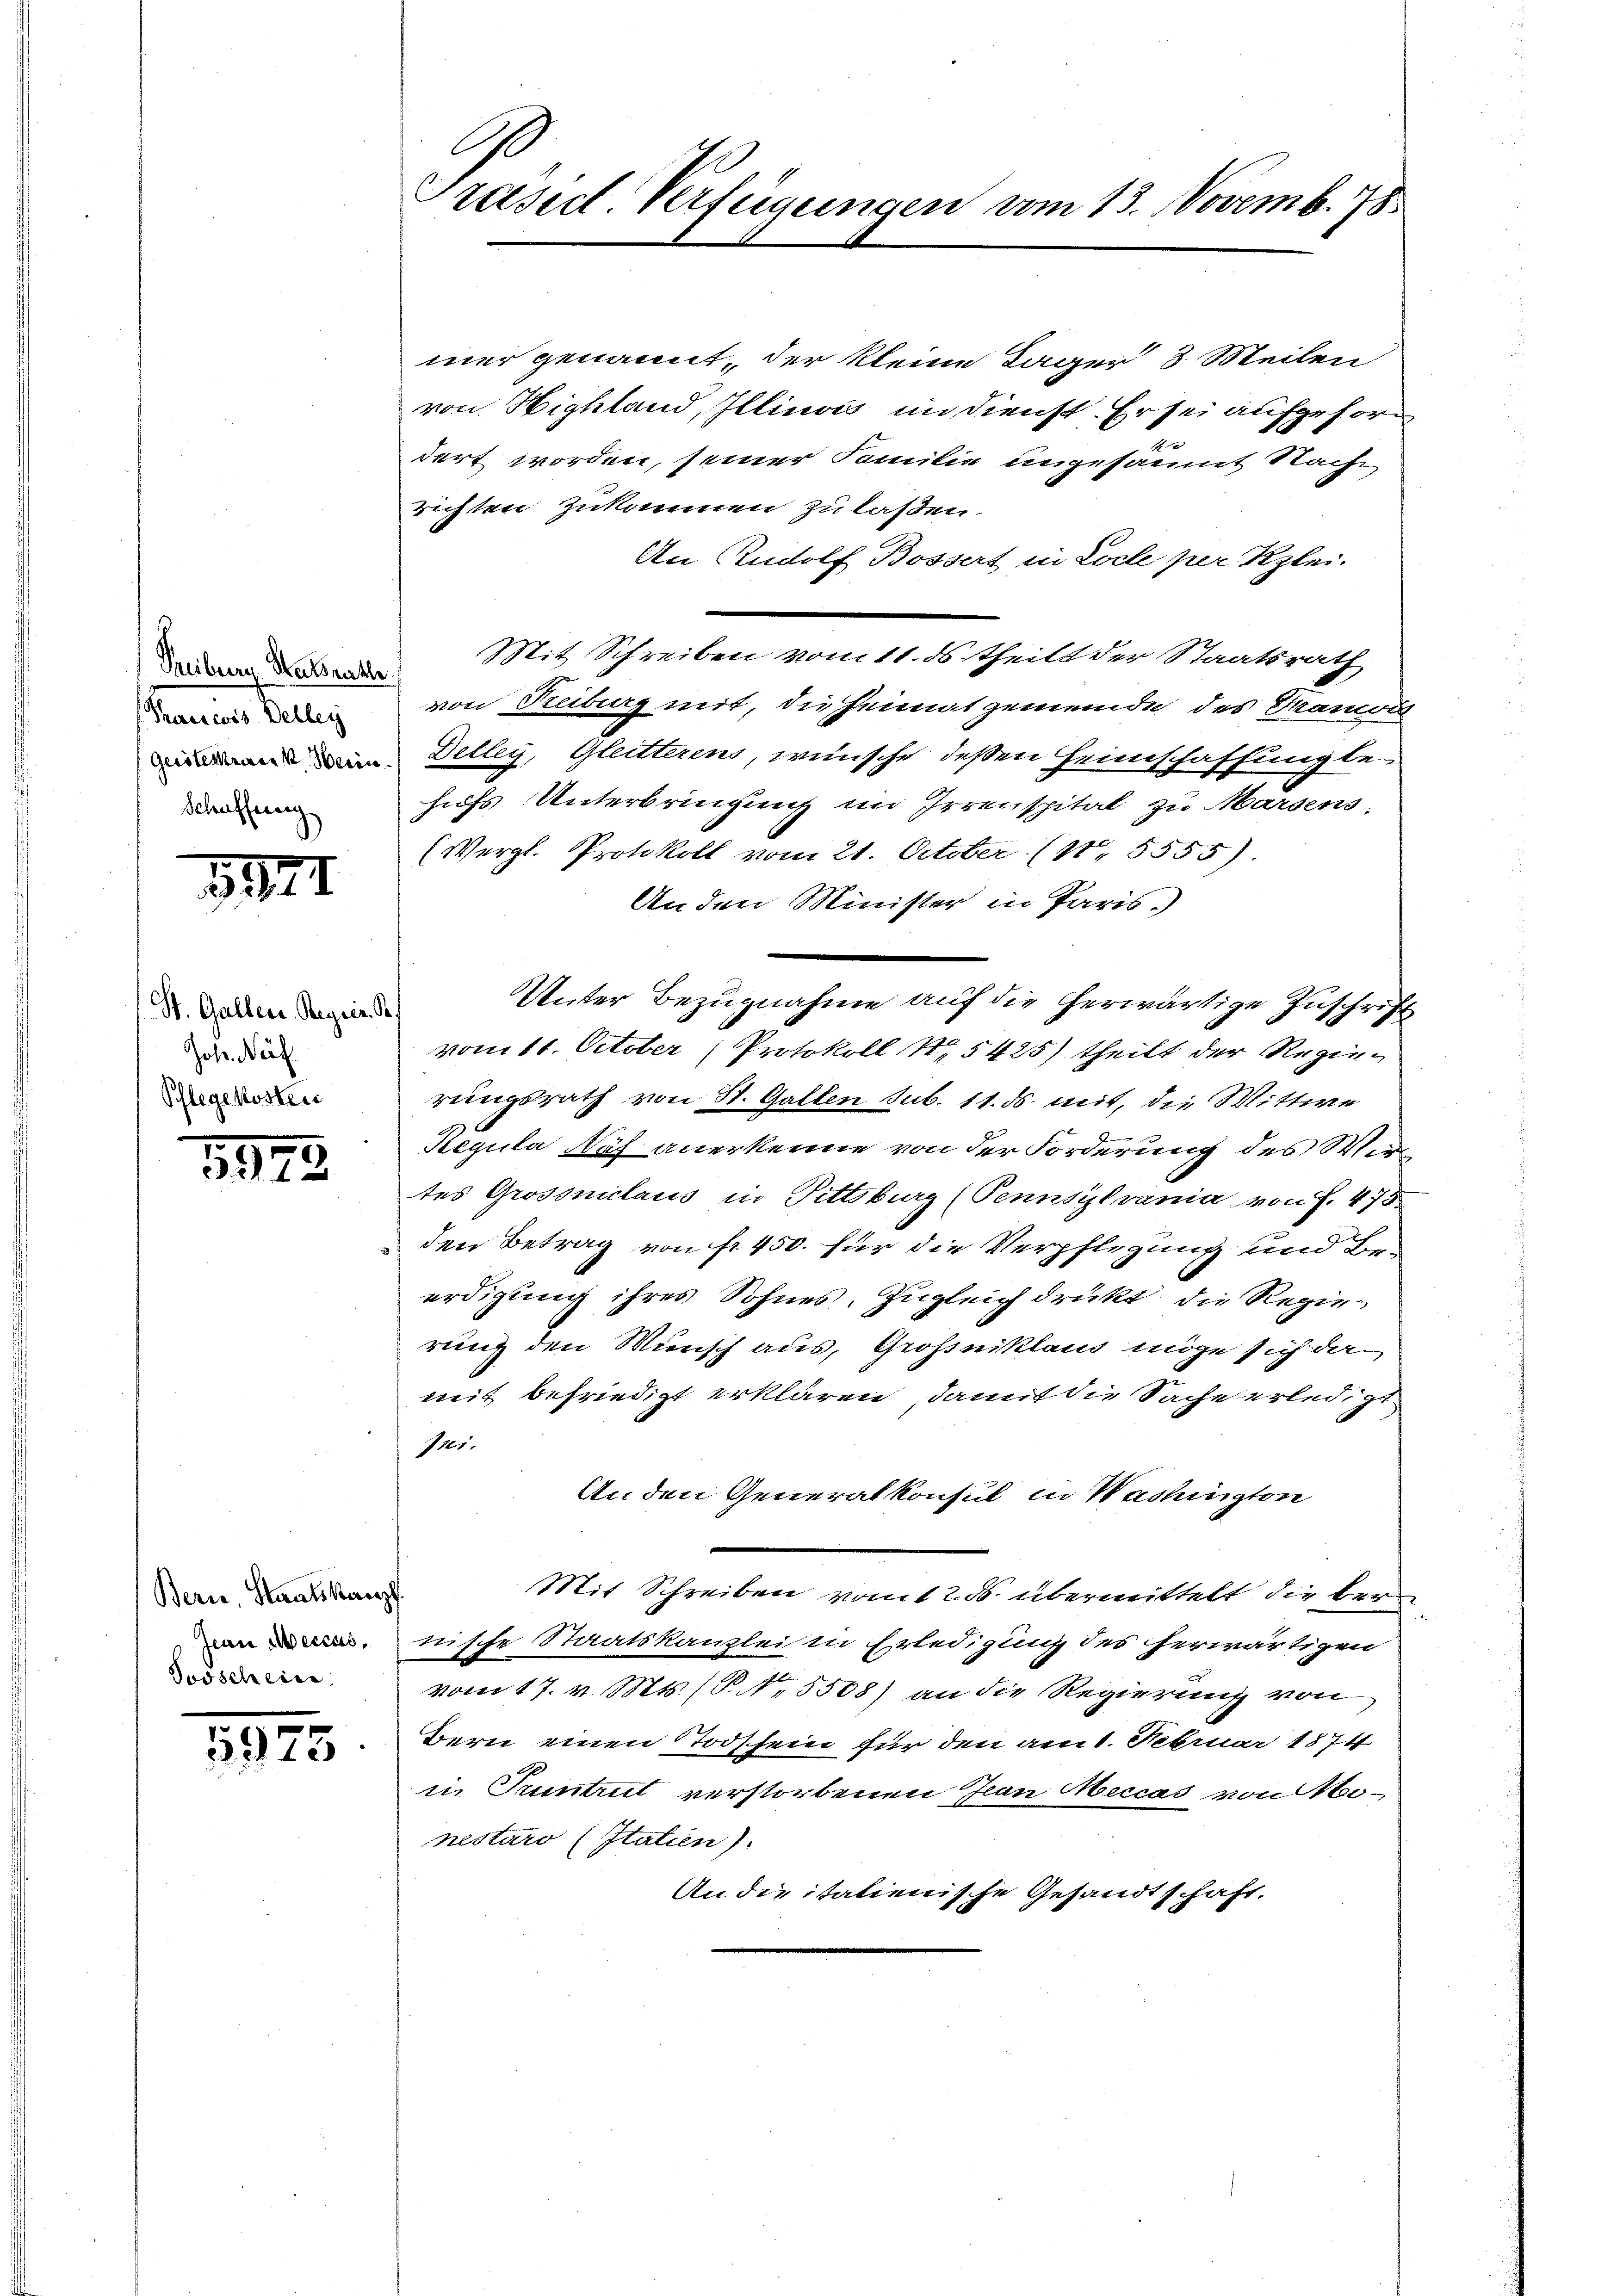
anen Julis
Schaffung

31

St. Gallen Regier. Pf
Johr. Nach
Pflegekosten

5879

Bern, Staatskanzl
Jooscheine

5975

C
Prasil Verfügungen vom 13. Novemb. 1785

mer genannt, der kleine Lager 3. Meilen
von Highland, Illinois im Dienst. Er sei aufgeforn
b
dert worden, seiner Familie ungesammt Nache
richten zukommen zu laßen.
An Rudolf Bossert in Locle per Kzlei-
denen Mit Schreiben vom 11. ds Theils der Staatsrath
von Freiburg mit, die Heimatgemeinde des Mamois
 Detley, Gleitteren, wünsche deßen Heimschaffung be-
hufs Unterbringung im Irrenspital zu Marsens-
(Vergl. Protokoll vom 21. October (S. 5555).
Anden Minister in Paris.
Unter Bezugnahme auf die herwärtige Zuschrift
vom 11. October (Protokoll N. 5425) theilt der Regierungsrath von St. Gallen sub. 11. ds. mit, die Wittwe
Regula Näf anerkenne von der Forderung des Wirtes Grossniclaus in Pittsburg (Pennsylvania von f. 475.
den Betrag von fr. 450. für die Verpflegung und Beerdigung ihres Sohnes, zugleich drückt, die Regierung den Wunsch aus, Großniklaus möge sich da
mit befriedigt erklären, damit die Sache erledigt
721.
An den Generalkonsul in Washington
Mit Schreiben vom 12. ds. übermittelt die bere
nnische Staatskanzlei in Erledigung des herwärtigen
vom 17. v. Mts. (T.5508) an die Regierung von
Bern einen Todschein für den am 1. Februar 1874
in Trunbuit verstorbenen Jean Meccas von Monestaro (Itatien).
An die itatienische Gesandtschaft.